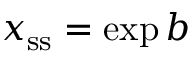
\boldsymbol { x } _ { \mathrm { s s } } = \exp \boldsymbol { b }